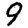
Digit: 9